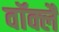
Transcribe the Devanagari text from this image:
वॉक्लैं